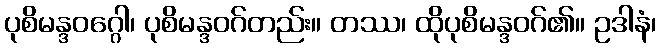
ပုစိမန္ဒဝဂ္ဂေါ၊ ပုစိမန္ဒဝဂ်တည်း။ တဿ၊ ထိုပုစိမန္ဒဝဂ်၏။ ဥဒါနံ၊